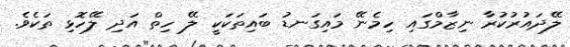
ލޭދައުރުކުރާ ނިޒާމްގައި ހިމެނޭ މައިގަނޑު ބައިތަކަކީ ލޭ ހިތް އަދި ލޭހޮޅި ތަކެވެ.